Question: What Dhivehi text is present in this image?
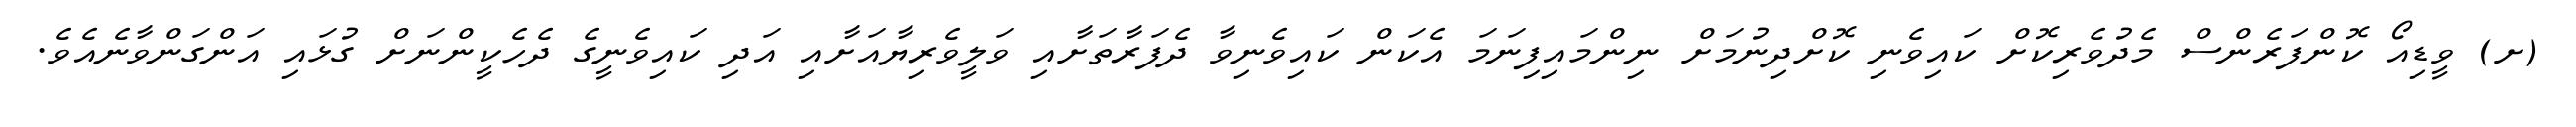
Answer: (ށ) ވީޑިއޯ ކޮންފަރެންސް މެދުވެރިކޮށް ކައިވެނި ކޮށްދިނުމަށް ނިންމައިފިނަމަ އެކަން ކައިވެނިވާ ދެފަރާތަށާއި ވަލީވެރިޔާއަށާއި އަދި ކައިވެނީގެ ދެހެކީންނަށް ގުޅައި އަންގަންވާނެއެވެ.